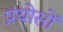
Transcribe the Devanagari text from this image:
प्रयोसों